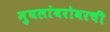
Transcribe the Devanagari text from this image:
मुघलांबरोबरची